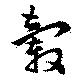
轂